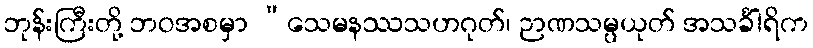
ဘုန်းကြီးတို့ ဘဝအစမှာ “သေမနဿသဟဂုတ်၊ ဉာဏသမ္ပယုတ် အသင်္ခါရိက